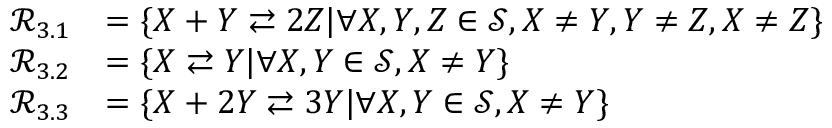
\begin{array} { r l } { \mathcal { R } _ { 3 . 1 } } & { = \{ X + Y \rightleftarrows 2 Z | \forall X , Y , Z \in \mathcal { S } , X \ne Y , Y \ne Z , X \ne Z \} } \\ { \mathcal { R } _ { 3 . 2 } } & { = \{ X \rightleftarrows Y | \forall X , Y \in \mathcal { S } , X \ne Y \} } \\ { \mathcal { R } _ { 3 . 3 } } & { = \{ X + 2 Y \rightleftarrows 3 Y | \forall X , Y \in \mathcal { S } , X \ne Y \} } \end{array}